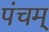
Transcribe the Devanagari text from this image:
पंचम्‌